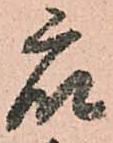
衆